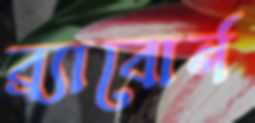
ব্র্যাবোর্ন